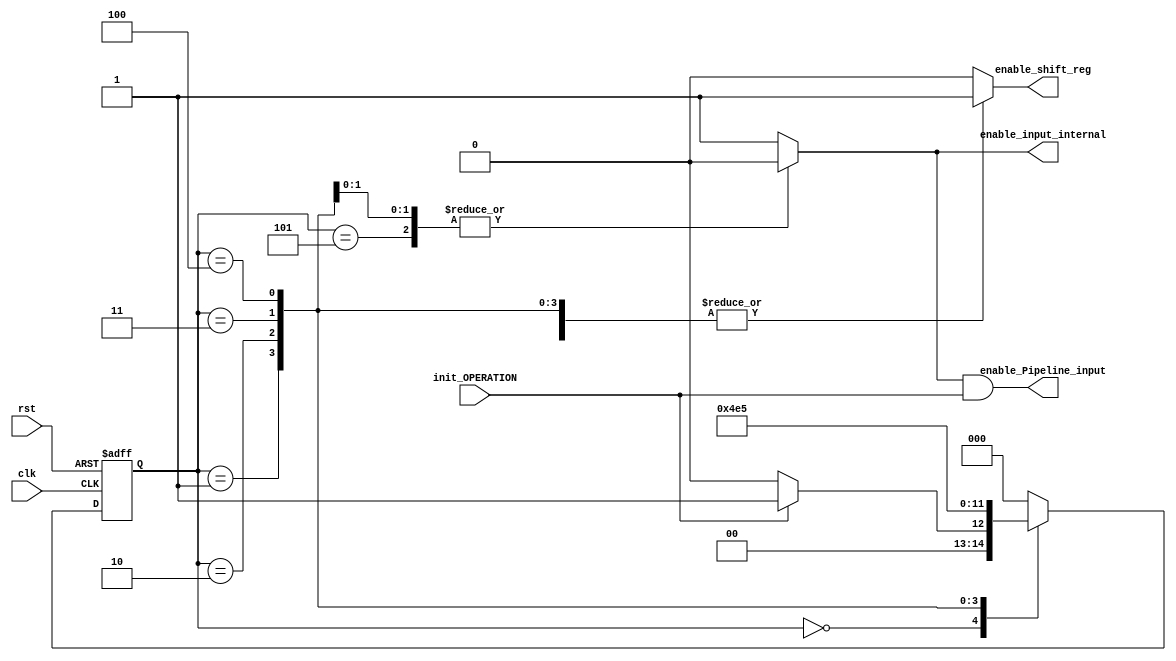
module FSM_INPUT_ENABLE_7(
	input wire clk,
	input wire rst,
	input wire init_OPERATION,
	output reg enable_input_internal,
	output wire enable_Pipeline_input,
	output reg enable_shift_reg
    );
parameter [3:0] State0 = 3'd0,
	State1 = 3'd1,
	State2 = 3'd2,
	State3 = 3'd3,
	State4 = 3'd4,
	State5= 3'd5,
	State6 = 3'd6,
	State7 = 3'd7;
reg [2:0] state_reg, state_next;
always @(posedge clk, posedge rst)
	if(rst)
		state_reg <= State0;
	else
		state_reg <= state_next;
always @*
	begin
	state_next = state_reg; 
	enable_input_internal=1; 
	enable_shift_reg = 0;
	case(state_reg)
		State0:
			begin
				enable_input_internal=1;
				enable_shift_reg = 0;
				if(init_OPERATION)
					state_next = State1; 
				else begin
					state_next = State0; 
				end
			end
		State1:
			begin
				enable_input_internal=1;
				enable_shift_reg = 1;
				state_next = State2;
			end
		State2:
			begin
				enable_input_internal=1;
				enable_shift_reg = 1;
				state_next = State3;
			end
		State3:
			begin
				enable_input_internal=0;
				enable_shift_reg = 1;
				state_next = State4;
			end
		State4:
			begin
				enable_input_internal=0;
				enable_shift_reg = 1;
				state_next = State5;
			end
		State5:
			begin
				enable_input_internal=0;
				enable_shift_reg = 1;
				state_next = State0;
			end
		default:
			begin
				state_next =State0;
			end
	endcase
end
assign  enable_Pipeline_input = enable_input_internal & init_OPERATION;
endmodule